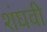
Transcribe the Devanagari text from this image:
शंघवी